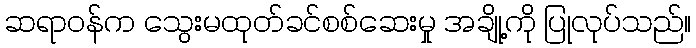
ဆရာဝန်က သွေးမထုတ်ခင်စစ်ဆေးမှု အချို့ကို ပြုလုပ်သည်။